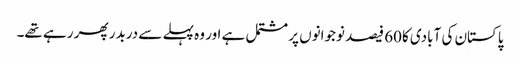
پاکستان کی آبادی کا60 فیصد نوجوانوں پر مشتمل ہے اور وہ پہلے سے دربدر پھر رہے تھے۔